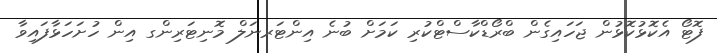
ފޮޓޯ އެކޮޅުކޮޅުން ޖަހައިގެން ބްރޯޑްކާސްޓްކުރި ކަމަށް ބުނެ އިންޓަރނަލް މޮނިޓަރިންގ އިން ހުށަހަޅާފައިވާ